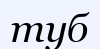
туб